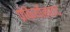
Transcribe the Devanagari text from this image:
प्रोकैर्योसाइट